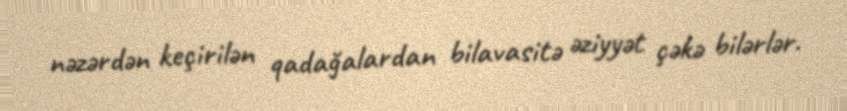
nəzərdən keçirilən qadağalardan bilavasitə əziyyət çəkə bilərlər.